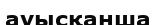
ауысқанша